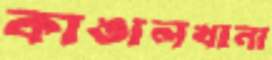
কাঙালখানা